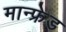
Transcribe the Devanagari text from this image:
मान्फ्रेड